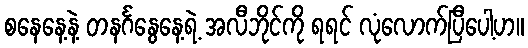
စနေနေ့နဲ့ တနင်္ဂနွေနေ့ရဲ့ အလီဘိုင်ကို ရရင် လုံလောက်ပြီပေါ့ဟ။